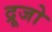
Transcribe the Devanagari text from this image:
द्रूजो